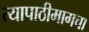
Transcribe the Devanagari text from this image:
त्यापाठीमागचा